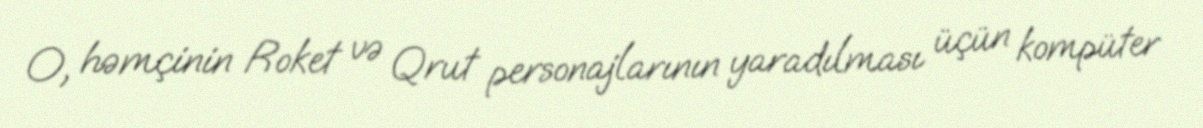
O, həmçinin Roket və Qrut personajlarının yaradılması üçün kompüter